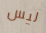
ليس